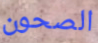
الصحون